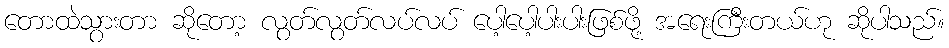
တောထဲသွားတာ ဆိုတော့ လွတ်လွတ်လပ်လပ် ပေါ့ပေါ့ပါးပါးဖြစ်ဖို့ အရေးကြီးတယ်ဟု ဆိုပါသည်။